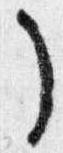
了